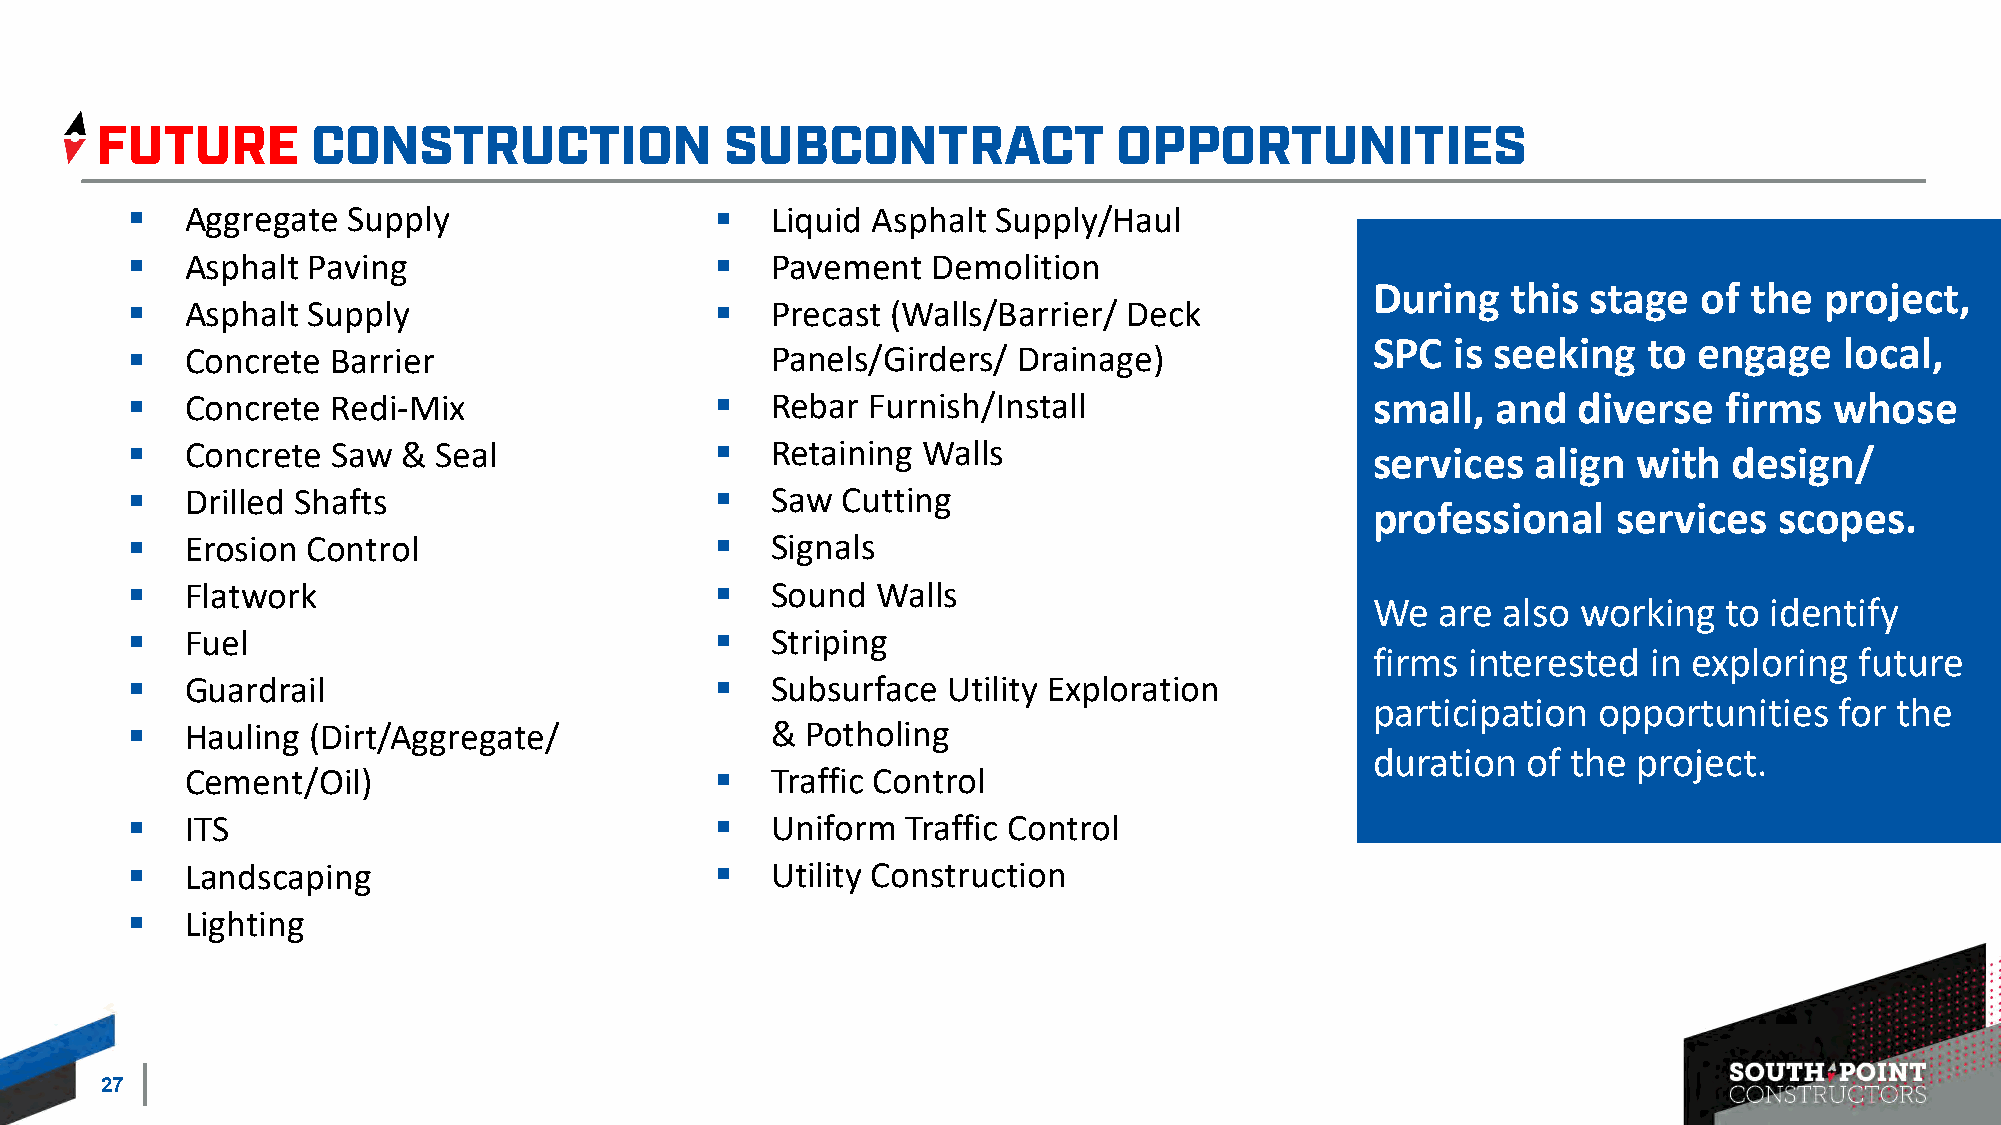
▪  Aggregate  Supply                  ▪   Liquid Asphalt Supply/Haul
 ▪  Asphalt Paving                     ▪   Pavement   Demolition
 During   this stage   of the  project,
 ▪  Asphalt Supply                     ▪   Precast (Walls/Barrier/ Deck
 SPC  is seeking   to engage    local,
 ▪  Concrete  Barrier                      Panels/Girders/ Drainage)
 ▪  Concrete  Redi-Mix                 ▪   Rebar Furnish/Install                   small,  and  diverse   firms  whose
 ▪  Concrete  Saw  & Seal              ▪   Retaining Walls                         services   align with   design/
 ▪  Drilled Shafts                     ▪   Saw  Cutting
 professional    services   scopes.
 ▪  Erosion Control                    ▪   Signals
 ▪  Flatwork                           ▪   Sound  Walls
 We  are also  working  to identify
 ▪  Fuel                               ▪   Striping
 firms interested  in exploring  future
 ▪  Guardrail                          ▪   Subsurface  Utility Exploration
 participation  opportunities   for the
 ▪  Hauling (Dirt/Aggregate/               & Potholing
 duration  of the project.
 Cement/Oil)                        ▪   Traffic Control
 ▪  ITS                                ▪   Uniform  Traffic Control
 ▪  Landscaping                        ▪   Utility Construction
 ▪  Lighting
 27